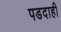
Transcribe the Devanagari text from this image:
पडदाही